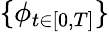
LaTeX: \{ {\phi}_{t\in[0,T]}\}